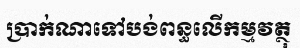
ប្រាក់ណាទៅបង់ពន្ធលើកម្មវត្ថុ